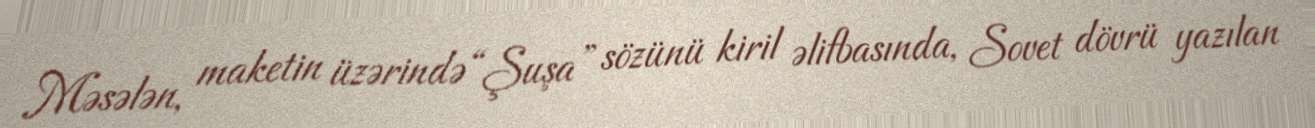
Məsələn, maketin üzərində “Şuşa” sözünü kiril əlifbasında, Sovet dövrü yazılan